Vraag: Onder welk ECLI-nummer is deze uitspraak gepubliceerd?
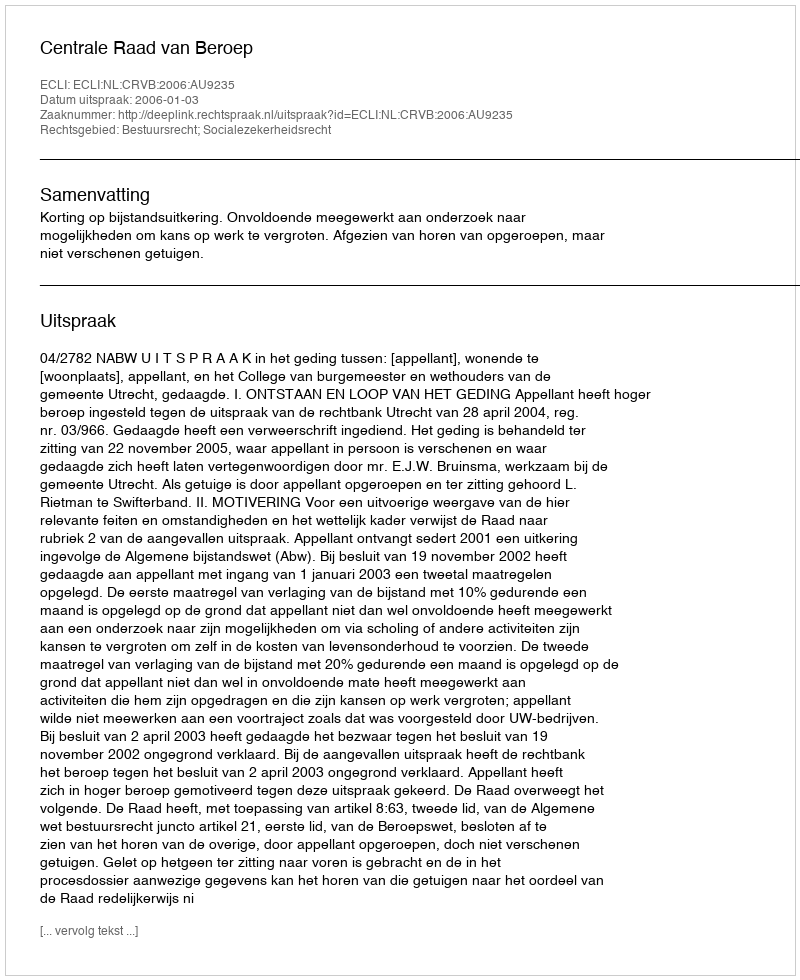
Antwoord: ECLI:NL:CRVB:2006:AU9235